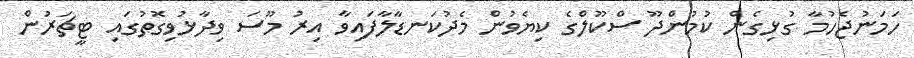
ހަމަނުޖެހުމާ ގުޅިގެން ކުމުންދޫ ސްކޫލްގެ ކިޔެވުން މެދުކަނޑާލާފައިވާ އިރު މޫސަ ވިދާޅުވިގޮތުގައި ޓީޗަރުން